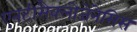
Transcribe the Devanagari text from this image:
एनटीसैक्लोजेनेसिस